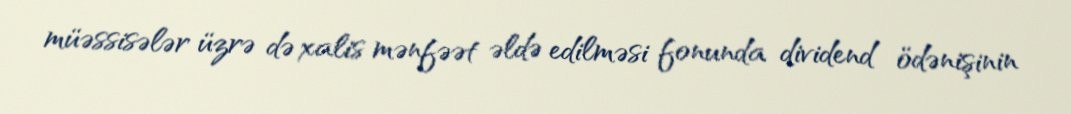
müəssisələr üzrə də xalis mənfəət əldə edilməsi fonunda dividend ödənişinin